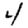
Digit: 4